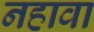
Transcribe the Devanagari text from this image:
नहावा